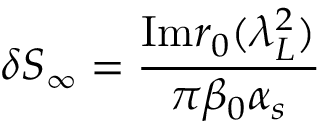
\delta S _ { \infty } = { \frac { \mathrm { I m } r _ { 0 } ( \lambda _ { L } ^ { 2 } ) } { \pi \beta _ { 0 } \alpha _ { s } } }